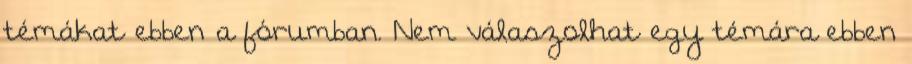
témákat ebben a fórumban. Nem válaszolhat egy témára ebben